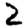
Digit: 2